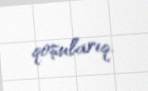
qoşularıq.